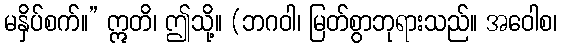
မနှိပ်စက်။” ဣတိ၊ ဤသို့။ (ဘဂဝါ၊ မြတ်စွာဘုရားသည်။ အဝေါစ၊